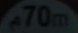
70m